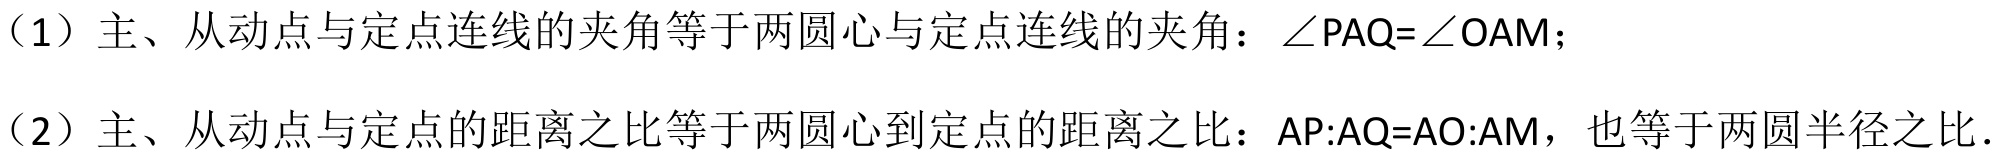
（1）主、从动点与定点连线的夹角等于两圆心与定点连线的夹角：\(\angle PAQ = \angle OAM\)；
（2）主、从动点与定点的距离之比等于两圆心到定点的距离之比：\(AP:AQ = AO:AM\)，也等于两圆半径之比．